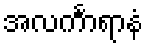
အလင်္ကာရာနံ